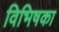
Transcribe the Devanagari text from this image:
विभिषका